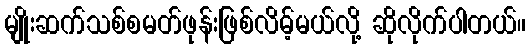
မျိုးဆက်သစ်စမတ်ဖုန်းဖြစ်လိမ့်မယ်လို့ ဆိုလိုက်ပါတယ်။